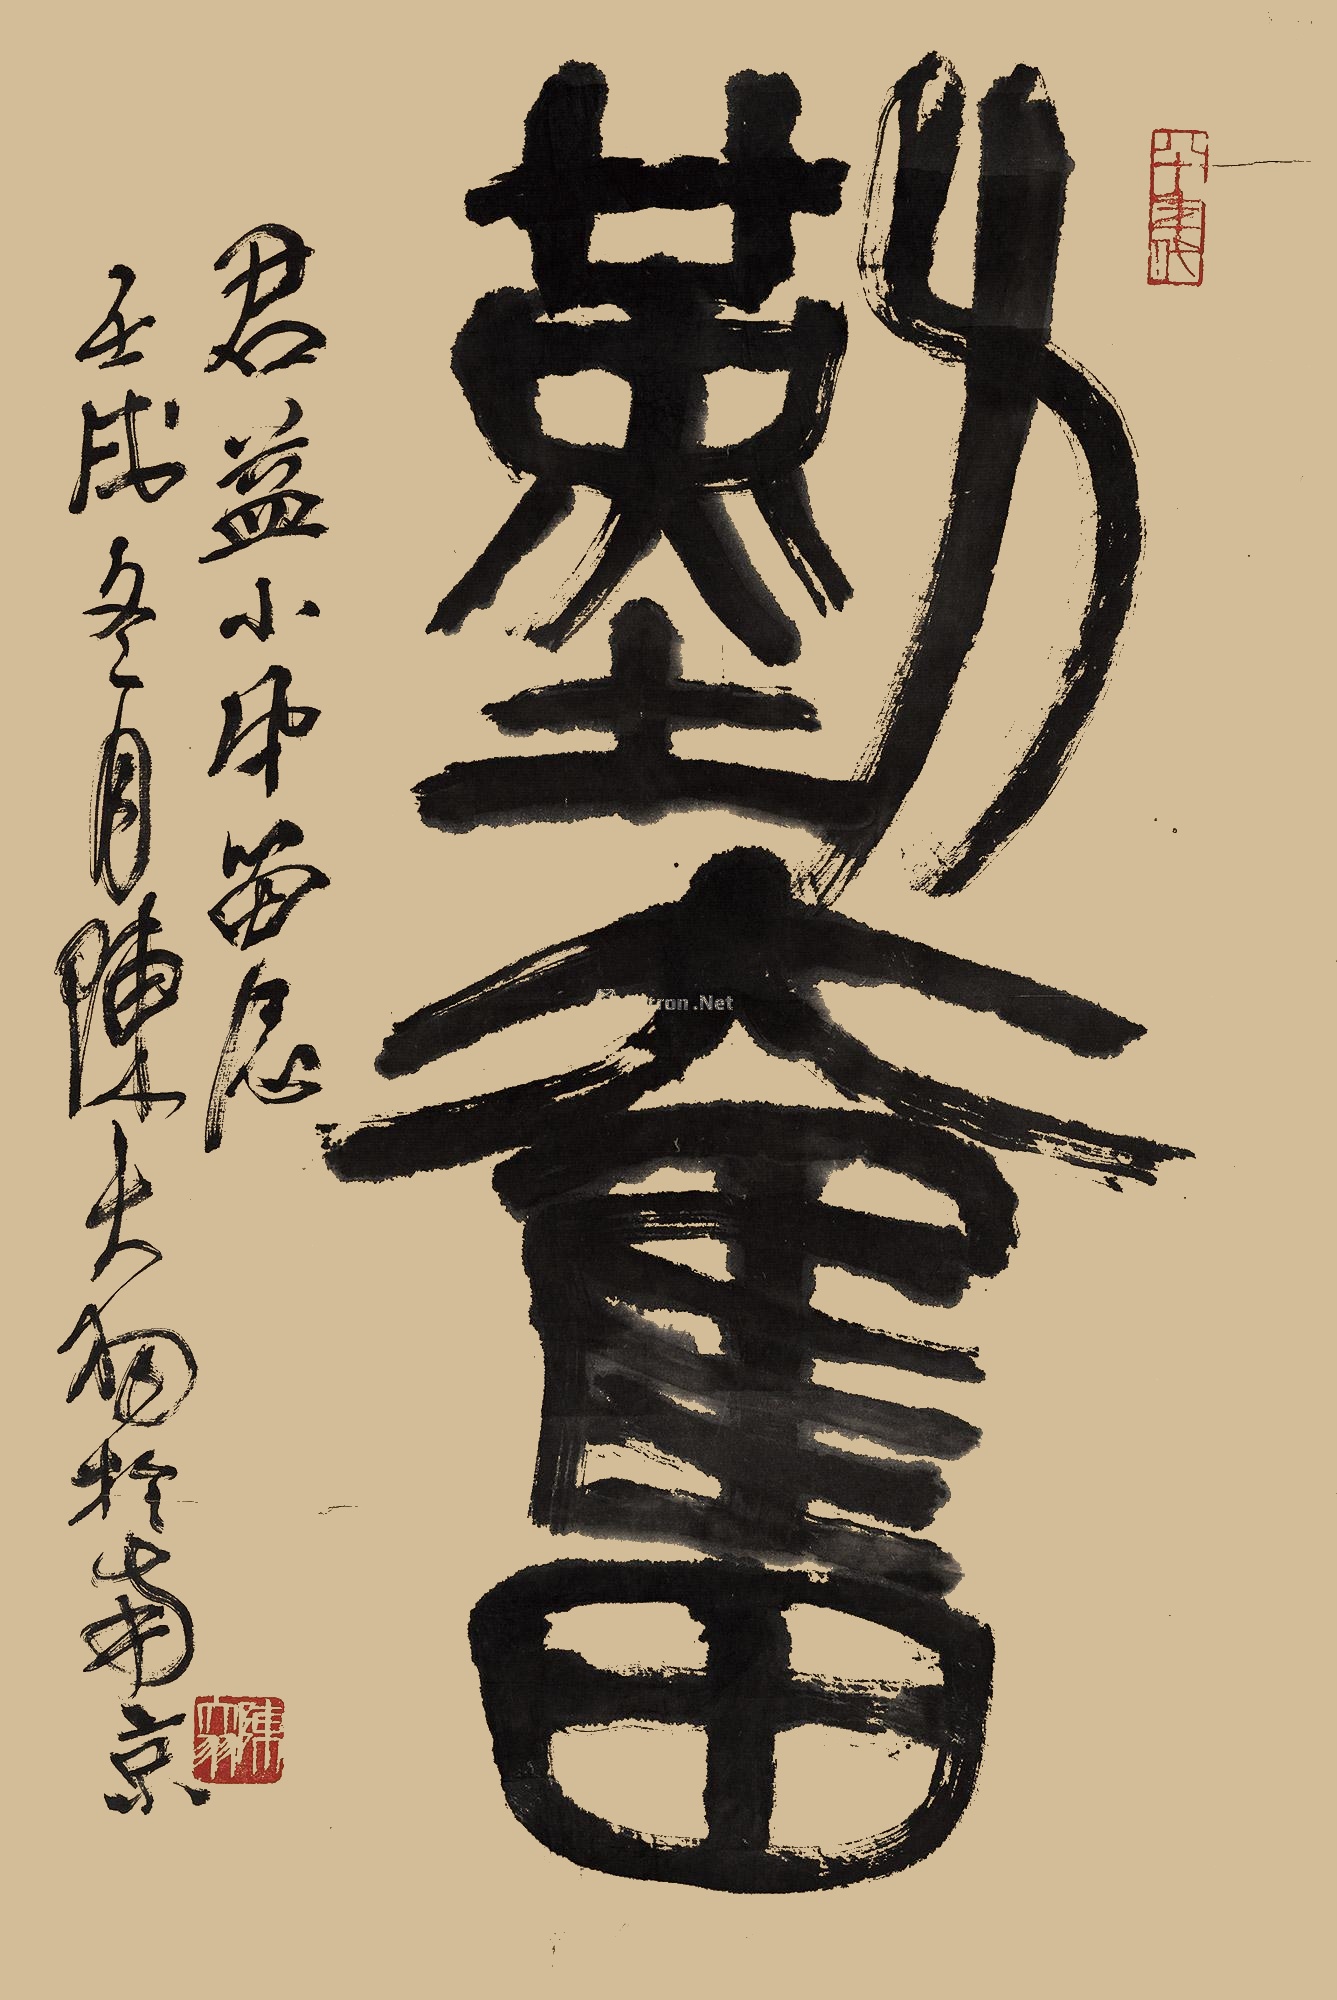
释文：勤奋君益小弟留念。壬戌冬月，陈大羽于南京。